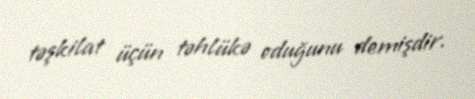
təşkilat üçün təhlükə oduğunu demişdir.